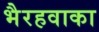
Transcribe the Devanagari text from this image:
भैरहवाका